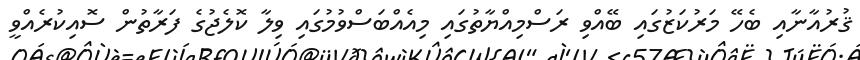
ޤުރުއާނާއި ބެހޭ މަރުކަޒުގައި ބޭއްވި ރަސްމިއްޔާތުގައި މިއެއްބަސްވުމުގައި ވިލާ ކޮލެޖުގެ ފަރާތުން ސޮއިކުރެއްވީ